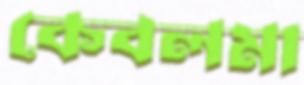
কেবলমা